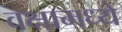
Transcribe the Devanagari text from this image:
वक्षामध्ये